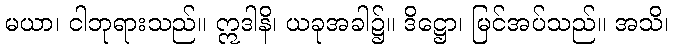
မယာ၊ ငါဘုရားသည်။ ဣဒါနိ၊ ယခုအခါ၌။ ဒိဋ္ဌော၊ မြင်အပ်သည်။ အသိ၊